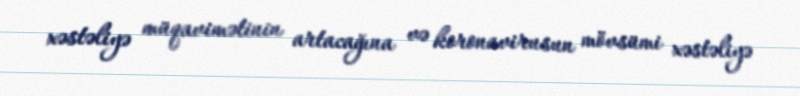
xəstəliyə müqavimətinin artacağına və koronavirusun mövsümi xəstəliyə